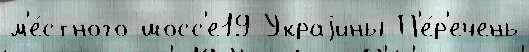
м'е́стного шосс'е19 Украjины П'е́р'ечень